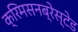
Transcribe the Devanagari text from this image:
क्रिमसनब्रेस्टेड